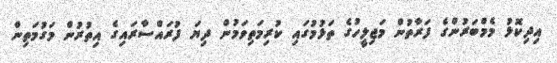
އިދިކޮޅު މެމްބަރުންގެ ފަރާތުން މަޖިލީހުގެ ތަޅުމުގައި ކުރިމަތިވަމުން ދިޔަ ފުރައްސާރައިގެ އިތުރުން މަގުމަތިން